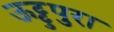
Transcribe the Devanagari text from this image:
ऊट्टुपुरा